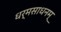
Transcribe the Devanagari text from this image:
धर्मसाधनम्